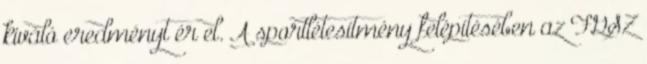
kiváló eredményt ér el. A sportlétesítmény felépítésében az FGSZ